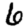
Digit: 6